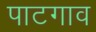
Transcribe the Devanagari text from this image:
पाटगाव